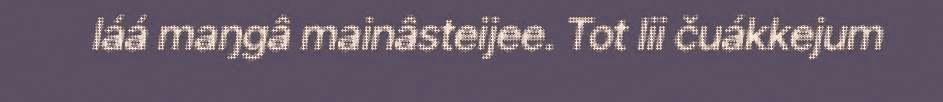
láá maŋgâ mainâsteijee. Tot lii čuákkejum